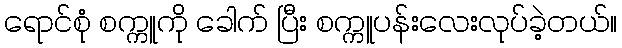
ရောင်စုံ စက္ကူကို ခေါက် ပြီး စက္ကူပန်းလေးလုပ်ခဲ့တယ်။